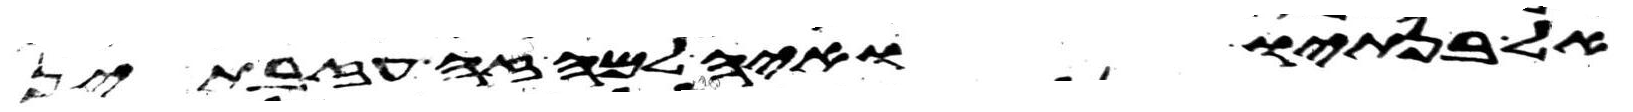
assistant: אל בנתיו ואיה למה זה עזבתן